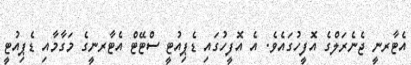
އެޓާރނީ ޖެނެރަލްގެ އޮފީހުގައެވެ. އެ އޮފީހުގައި ޑެޕިއުޓީ ސްޓޭޓް އެޓާރނީގެ މަގާމާއި ޑެޕިއުޓީ